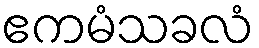
ဧကမံသခလံ